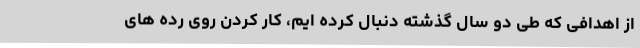
از اهدافی که طی دو سال گذشته دنبال کرده ایم، کار کردن روی رده های